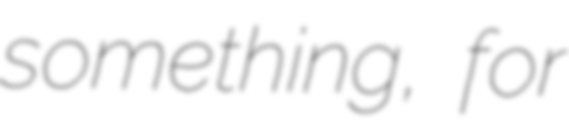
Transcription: something, for